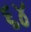
૬૪